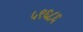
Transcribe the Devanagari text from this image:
५९६८६